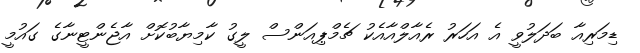
ޑިމަރިއާ ބަދަލުވީ އެ އަހަރު ރެއާލްއާއެކު ޗެމްޕިއަންސް ލީގު ކާމިޔާބުކޮށް އާޖެންޓީނާގެ ގައުމީ